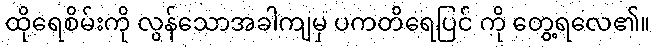
ထိုရေစိမ်းကို လွန်သောအခါကျမှ ပကတိရေပြင် ကို တွေ့ရလေ၏။